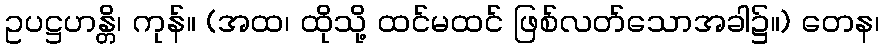
ဥပဋ္ဌဟန္တိ၊ ကုန်။ (အထ၊ ထိုသို့ ထင်မထင် ဖြစ်လတ်သောအခါ၌။) တေန၊